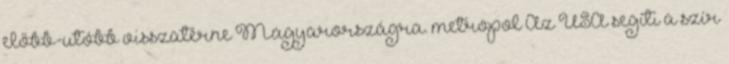
előbb-utóbb visszatérne Magyarországra. metropol Az USA segíti a szír